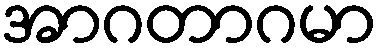
အာဂတာဂမာ